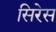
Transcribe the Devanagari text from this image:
सिरेस